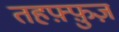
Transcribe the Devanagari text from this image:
तहफ़्फ़ुज़